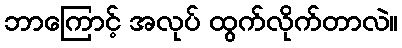
ဘာကြောင့် အလုပ် ထွက်လိုက်တာလဲ။